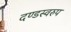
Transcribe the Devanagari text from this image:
दण्डस्वरुप